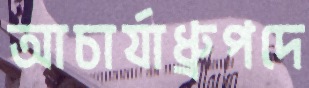
আচার্যাধ্রুপদে